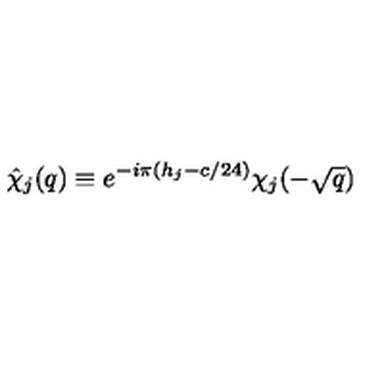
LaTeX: \hat { \chi } _ { j } ( q ) \equiv e ^ { - i \pi ( h _ { j } - c / 2 4 ) } \chi _ { j } ( - \sqrt { q } )